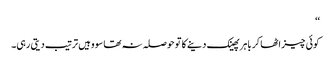
‘‘
کوئی چیز اٹھا کر باہر پھینک دینے کا تو حوصلہ نہ تھا سو وہیں ترتیب دیتی رہی۔